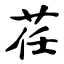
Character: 荏